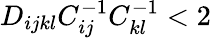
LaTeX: D_{ijkl}C_{ij}^{-1}C_{kl}^{-1}<2